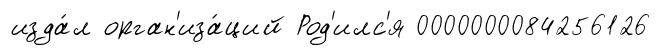
изда́л орган'иза́ций Род'илс'я 0000000084256126